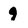
Character: 9